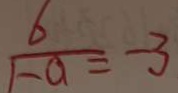
\frac { 6 } { 1 - a } = - 3